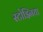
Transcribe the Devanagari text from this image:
स्टोझ्निया